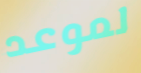
لموعد